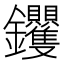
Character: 𮣰